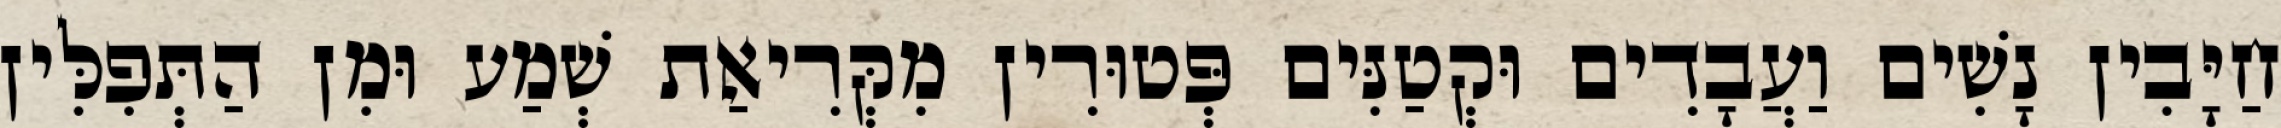
חַיָּבִין נָשִׁים וַעֲבָדִים וּקְטַנִּים פְּטוּרִין מִקְּרִיאַת שְׁמַע וּמִן הַתְּפִלִּין